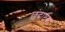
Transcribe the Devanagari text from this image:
छंदाष्टक